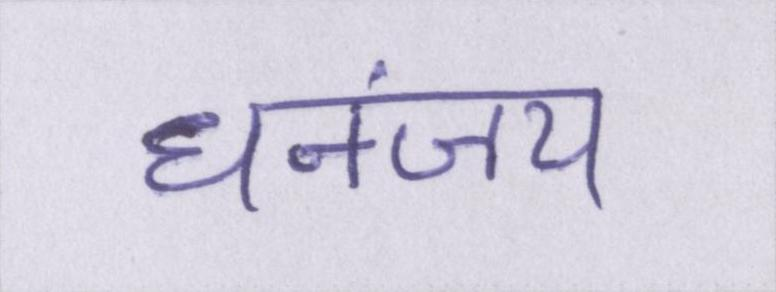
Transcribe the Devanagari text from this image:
धनंजय